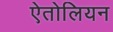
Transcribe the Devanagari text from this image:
ऐतोलियन